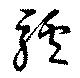
驢